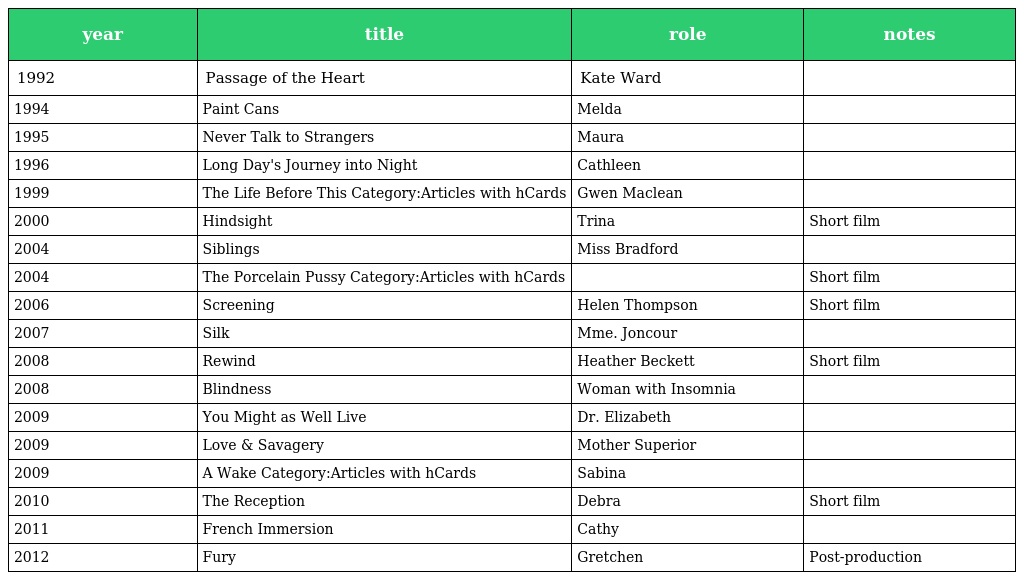
| year | title | role | notes |
 | --- | --- | --- | --- |
 | 1992 | Passage of the Heart | Kate Ward |  |
 | 1994 | Paint Cans | Melda |  |
 | 1995 | Never Talk to Strangers | Maura |  |
 | 1996 | Long Day's Journey into Night | Cathleen |  |
 | 1999 | The Life Before This Category:Articles with hCards | Gwen Maclean |  |
 | 2000 | Hindsight | Trina | Short film |
 | 2004 | Siblings | Miss Bradford |  |
 | 2004 | The Porcelain Pussy Category:Articles with hCards |  | Short film |
 | 2006 | Screening | Helen Thompson | Short film |
 | 2007 | Silk | Mme. Joncour |  |
 | 2008 | Rewind | Heather Beckett | Short film |
 | 2008 | Blindness | Woman with Insomnia |  |
 | 2009 | You Might as Well Live | Dr. Elizabeth |  |
 | 2009 | Love & Savagery | Mother Superior |  |
 | 2009 | A Wake Category:Articles with hCards | Sabina |  |
 | 2010 | The Reception | Debra | Short film |
 | 2011 | French Immersion | Cathy |  |
 | 2012 | Fury | Gretchen | Post-production |